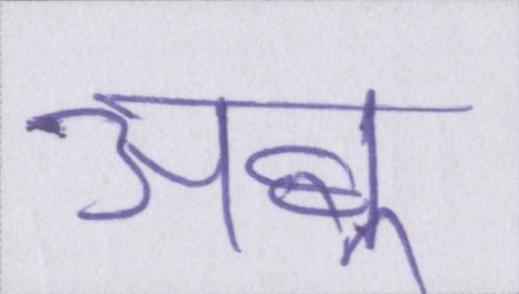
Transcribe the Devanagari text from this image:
अबू